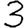
Digit: 3